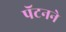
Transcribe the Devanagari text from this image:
पॅटनने